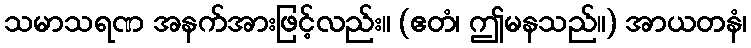
သမာသရဏ အနက်အားဖြင့်လည်း။ (ဧတံ၊ ဤမနသည်။) အာယတနံ၊